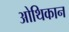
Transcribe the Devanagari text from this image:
ओथिकान